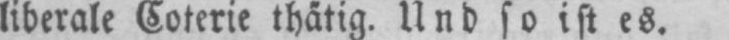
liberale Coterie thätig. Und so ist es.